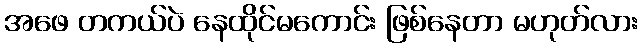
အဖေ တကယ်ပဲ နေထိုင်မကောင်း ဖြစ်နေတာ မဟုတ်လား